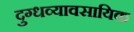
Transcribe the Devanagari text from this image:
दुग्धव्यावसायिक